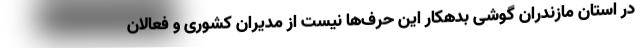
در استان مازندران گوشی بدهکار این حرف‌ها نیست از مدیران کشوری و فعالان